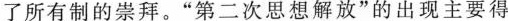
了所有制的崇拜。”第二次思想解放”的出现主要得